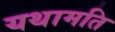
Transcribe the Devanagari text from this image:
यथामति